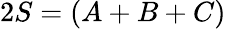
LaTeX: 2S=(A+B+C)